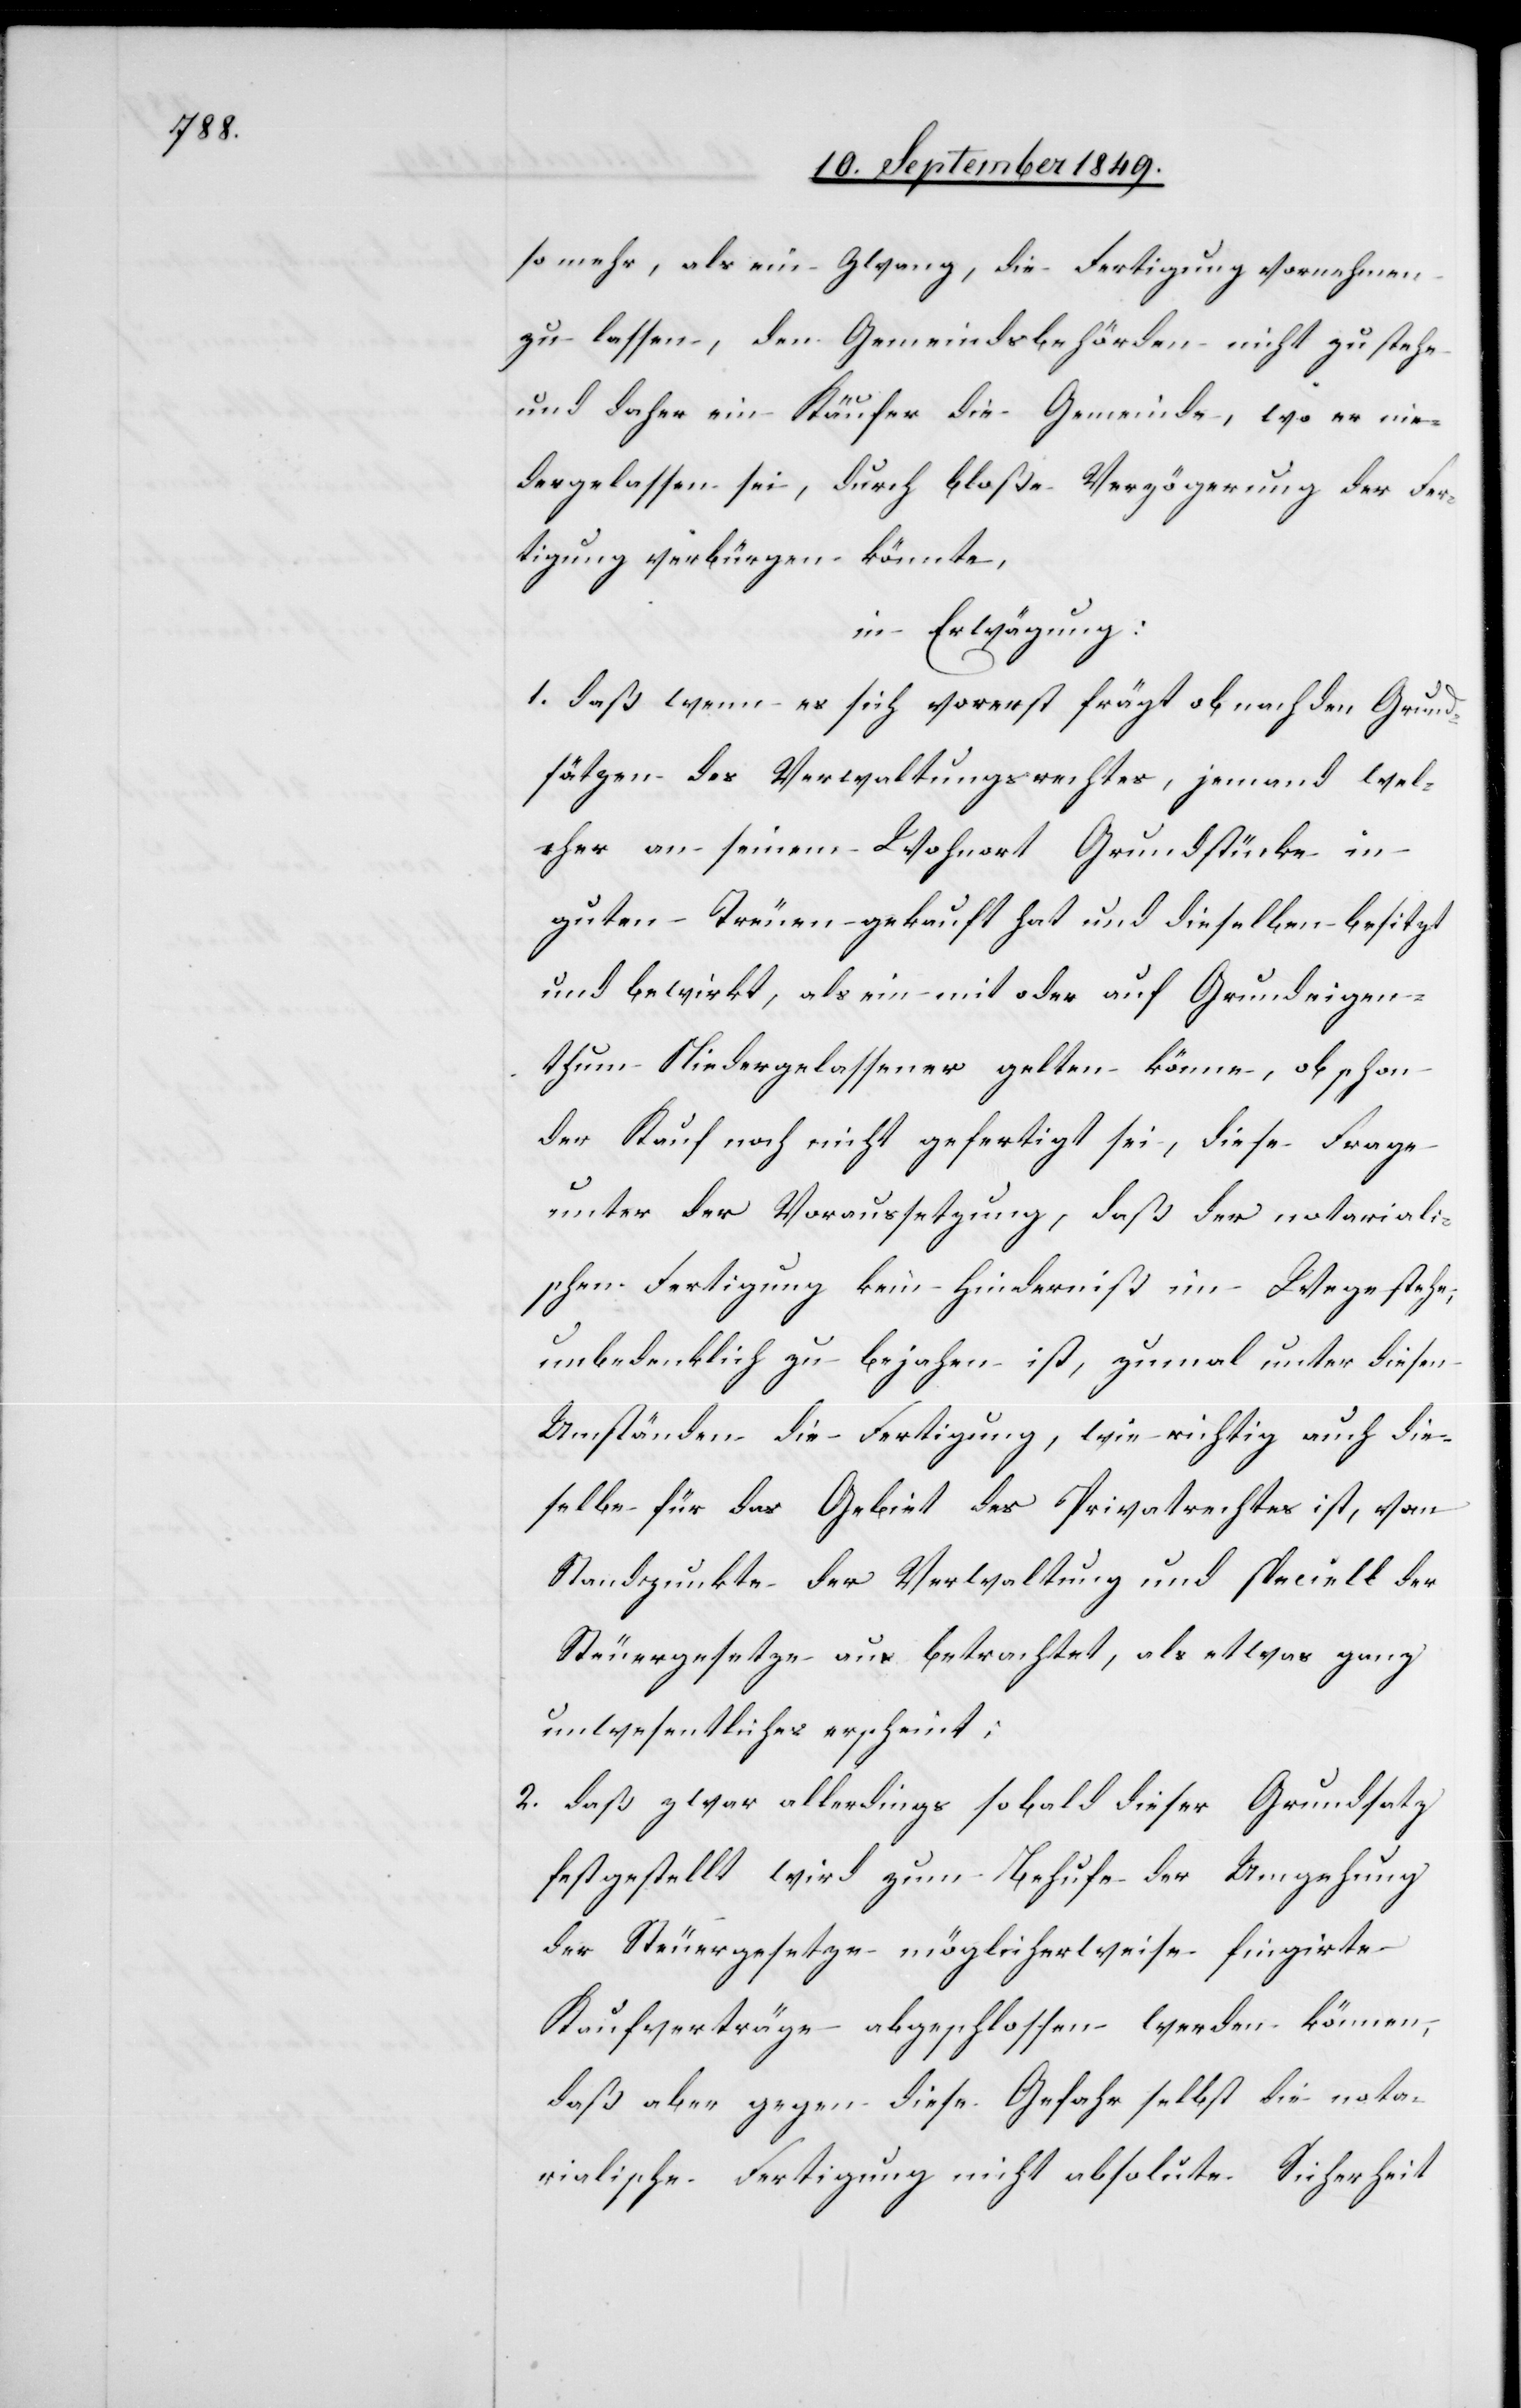
so mehr, als ein Zwang, die Fertigung vornehmen
zu lassen, den Gemeindsbehörden nicht zu stehe
und daher ein Käufer die Gemeinde, wo er nie¬
dergelassen sei, durch bloße Verzögerung der Fer¬
tigung verbürgen könnte,
in Erwägung:
1. daß wenn es sich vorerst frägt ob nach den Grund¬
sätzen des Verwaltungsrechtes, jemand wel¬
cher an seinem Wohnort Grundstücke in
guten Treuen gekauft hat und dieselben besitzt
und bewirkt, als ein mit oder auf Grundeigen¬
thum Niedergelassener gelten könne, obschon
der Kauf noch nicht gefertigt sei, diese Frage
unter der Voraussetzung, daß der notarialis¬
chen Fertigung kein Hinderniß im Wege stehe,
unbedenklich zu bejahen ist, zumal unter diesen
Umständen die Fertigung, wie richtig auch die¬
selbe für das Gebiet des Privatrechtes ist, vom
Standpunkte der Verwaltung und speciell der
Steuergesetze aus betrachtet, als etwas ganz
unwesentliches erscheint:
2. daß zwar allerdings sobald dieser Grundsatz
festgestellt wird zum Behufe der Umgehung
der Steuergesetze möglicherweise fingirte
Kaufverträge abgeschlossen werden können,
daß aber gegen diese Gefahr selbst die nota¬
rialische Fertigung nicht absolute Sicherheit